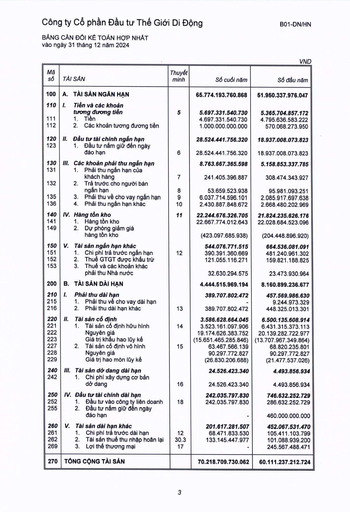
|Mã số|TÀI SẢN|Thuyết minh|Số cuối năm|Số đầu năm| |---|---|---|---|---| |100|A. TÀI SẢN NGẮN HẠN||65.774.193.760.868|51.950.337.976.047| |110|I. Tiền và các khoản tương đương tiền|5|5.697.331.540.730|5.365.704.857.172| |111|1. Tiền||4.697.331.540.730|4.795.636.583.222| |112|2. Các khoản tương đương tiền||1.000.000.000.000|570.068.273.950| |120|II. Đầu tư tài chính ngắn hạn||28.524.441.756.320|18.937.008.073.823| |123|1. Đầu tư nắm giữ đến ngày đáo hạn|6|28.524.441.756.320|18.937.008.073.823| |130|III. Các khoản phải thu ngắn hạn||8.763.667.365.598|5.158.853.337.785| |131|1. Phải thu ngắn hạn của khách hàng|7|241.405.396.887|308.474.343.927| |132|2. Trả trước cho người bán ngắn hạn|8|53.659.523.938|95.981.093.251| |135|3. Phải thu về cho vay ngắn hạn|9|6.037.714.596.101|2.085.917.697.638| |136|4. Phải thu ngắn hạn khác|10|2.430.887.848.672|2.668.480.202.969| |140|IV. Hàng tồn kho|11|22.244.676.326.705|21.824.235.626.176| |141|1. Hàng tồn kho||22.667.774.012.643|22.028.684.523.096| |149|2. Dự phòng giảm giá hàng tồn kho||(423.097.685.938)|(204.448.896.920)| |150|V. Tài sản ngắn hạn khác||544.076.771.515|664.536.081.091| |151|1. Chi phí trả trước ngắn hạn|12|390.391.360.669|481.240.961.302| |152|2. Thuế GTGT được khấu trừ||121.055.116.271|159.821.188.825| |153|3. Thuế và các khoản khác phải thu Nhà nước||32.630.294.575|23.473.930.964| |200|B. TÀI SẢN DÀI HẠN||4.444.515.969.194|8.160.899.236.677| |210|I. Phải thu dài hạn||389.707.802.472|457.569.986.630| |215|1. Phải thu về cho vay dài hạn|||9.244.973.329| |216|2. Phải thu dài hạn khác|13|389.707.802.472|448.325.013.301| |220|II. Tài sản cố định||3.586.628.664.045|6.500.135.608.914| |221|1. Tài sản cố định hữu hình|14|3.523.161.097.906|6.431.315.373.113| |222|Nguyên giá||19.174.626.383.752|20.139.282.722.977| |223|Giá trị khấu hao lũy kế||(15.651.465.285.846)|(13.707.967.349.864)| |227|2. Tài sản cố định vô hình|15|63.467.566.139|68.820.235.801| |228|Nguyên giá||90.297.772.827|90.297.772.827| |229|Giá trị hao mòn lũy kế||(26.830.206.688)|(21.477.537.026)| |240|III. Tài sản dở dang dài hạn||24.526.423.340|4.493.856.934| |242|1. Chi phí xây dựng cơ bản dở dang|16|24.526.423.340|4.493.856.934| |250|IV. Đầu tư tài chính dài hạn||242.035.797.830|746.632.252.729| |252|1. Đầu tư vào công ty liên doanh|18|242.035.797.830|286.632.252.729| |255|2. Đầu tư nắm giữ đến ngày đáo hạn|||460.000.000.000| |260|V. Tài sản dài hạn khác||201.617.281.507|452.067.531.470| |261|1. Chi phí trả trước dài hạn|12|68.471.833.530|105.411.103.799| |262|2. Tài sản thuế thu nhập hoãn lại|30.3|133.145.447.977|101.088.939.200| |269|3. Lợi thế thương mại|17||245.567.488.471| |270|TỔNG CỘNG TÀI SẢN||70.218.709.730.062|60.111.237.212.724| header: ['Mã số', 'TÀI SẢN', 'Thuyết minh', 'Số cuối năm', 'Số đầu năm']